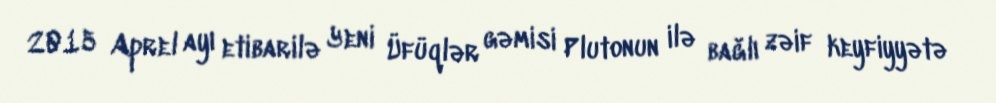
2015 Aprel ayı etibarilə Yeni Üfüqlər gəmisi Plutonun ilə bağlı zəif keyfiyyətə